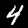
Label: 4